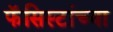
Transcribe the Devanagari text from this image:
फॅसिस्टांच्या